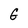
Character: G